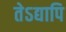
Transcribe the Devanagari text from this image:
तेऽद्यापि